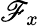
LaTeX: \mathscr{F}_{x}